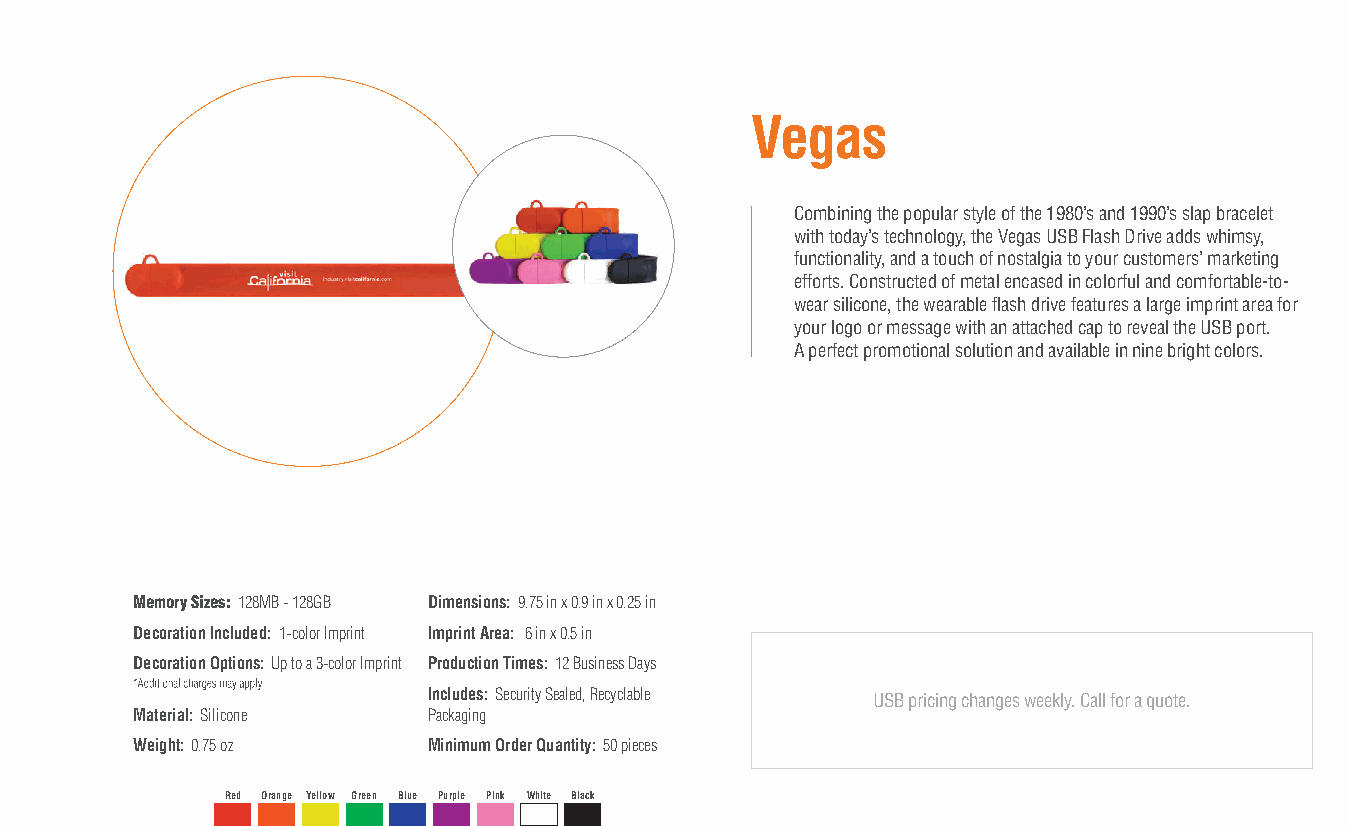
Vegas
 Combining the popular style of the 1980’s and 1990’s slap bracelet
 with today’s technology, the Vegas USB Flash Drive adds whimsy,
 functionality, and a touch of nostalgia to your customers’ marketing
 efforts. Constructed of metal encased in colorful and comfortable-to-
 wear silicone, the wearable flash drive features a large imprint area for
 your logo or message with an attached cap to reveal the USB port.
 A perfect promotional solution and available in nine bright colors.
 Memory Sizes: 128MB - 128GB Dimensions: 9.75 in x 0.9 in x 0.25 in
 Decoration Included: 1-color Imprint Imprint Area: 6 in x 0.5 in
 Decoration Options: Up to a 3-color Imprint Production Times: 12 Business Days
 Includes: Security Sealed, Recyclable USB pricing changes weekly. Call for a quote.
 Material: Silicone Packaging
 Weight: 0.75 oz    Minimum Order Quantity: 50 pieces
 Red Orange Yellow Green Blue Purple Pink White Black